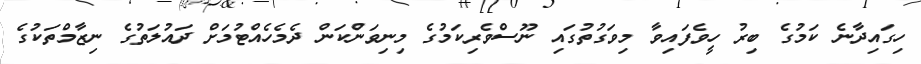
ހިގައިދާނެ ކަމުގެ ބިރު ހީވެފައިވާ މިވަގުތުގައި ނޫސްވެރިކަމުގެ މިނިވަންކަން ދެމެހެއްޓުމަށް ދައުލަތުގެ ނިޒާމްތަކުގެ